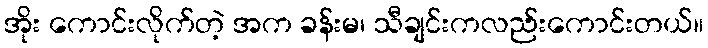
အိုး ကောင်းလိုက်တဲ့ အက ခန်းမ၊ သီချင်းကလည်းကောင်းတယ်။